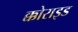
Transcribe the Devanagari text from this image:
क्कोराइड